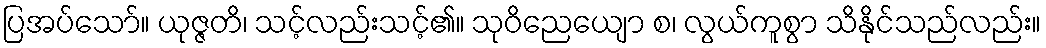
ပြအပ်သော်။ ယုဇ္ဇတိ၊ သင့်လည်းသင့်၏။ သုဝိညေယျော စ၊ လွယ်ကူစွာ သိနိုင်သည်လည်း။